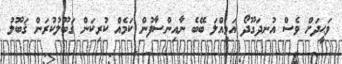
ވަޙީދަށް ވެސް އުނދަގޫދޯ އަމިއްލަ ބޭބެ ނާއިންސާފުން ކަމެއް ކުރިކަން ޤަބޫލުކުރަން ޤަބޫލު